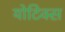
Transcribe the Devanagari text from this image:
योटिक्स